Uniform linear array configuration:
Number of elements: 16
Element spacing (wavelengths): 0.75
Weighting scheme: kaiser
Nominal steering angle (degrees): -45
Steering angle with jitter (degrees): -45.912
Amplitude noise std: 0.05
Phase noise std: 0.05

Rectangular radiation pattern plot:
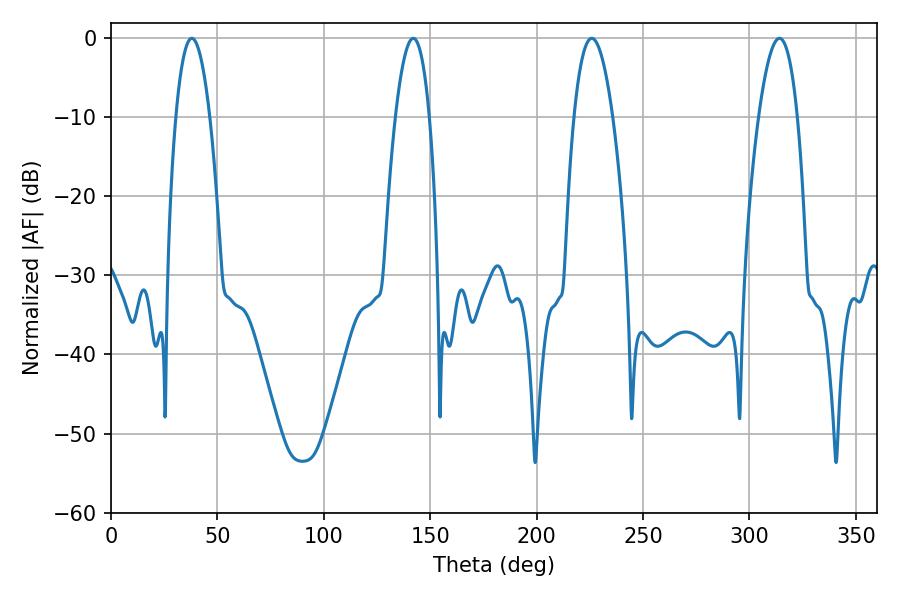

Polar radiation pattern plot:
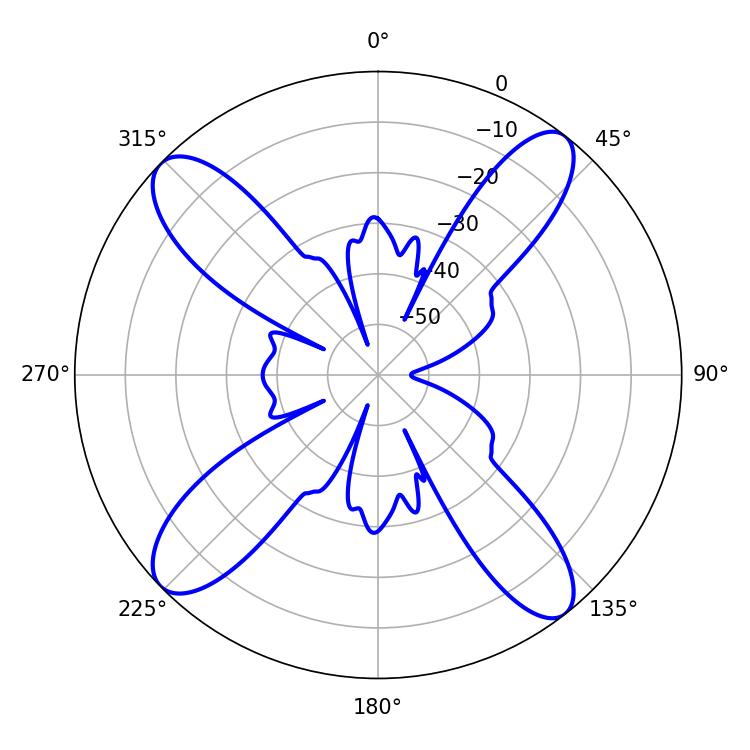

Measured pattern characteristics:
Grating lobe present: TRUE
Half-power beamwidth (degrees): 10.08
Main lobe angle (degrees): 225.9